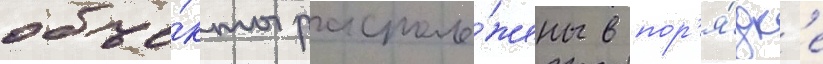
объе́кты располо́жены в пор'я́дк'е